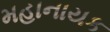
મહાનાયક